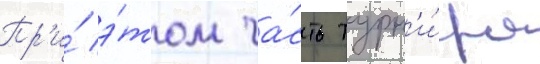
Пр'и́ э́том ча́сть турн'и́ра